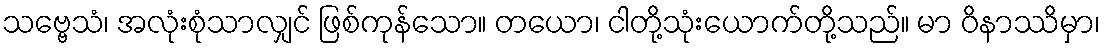
သဗ္ဗေသံ၊ အလုံးစုံသာလျှင် ဖြစ်ကုန်သော။ တယော၊ ငါတို့သုံးယောက်တို့သည်။ မာ ဝိနာဿိမှာ၊